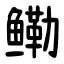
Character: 鳓